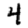
Digit: 4